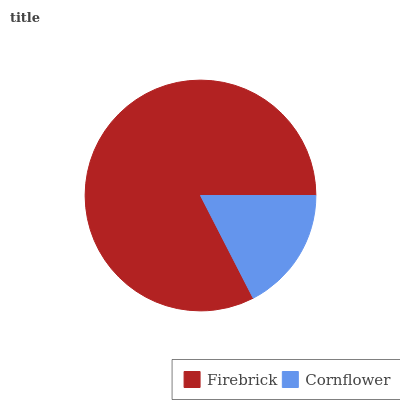
| Firebrick | Cornflower |
 | --- | --- |
 | 82.5% | 17.5% |